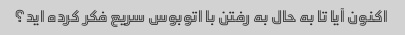
اکنون آیا تا به حال به رفتن با اتوبوس سریع فکر کرده اید؟